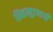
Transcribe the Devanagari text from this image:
शिळामुद्रणाची